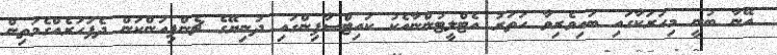
އޭނާ ބުނީ މިހަރަކާގައި ބައިވެރިވާ ހަތަރު އެޓްލީޓުންނާއެކު ކައިޓްސާފިންގައި ދުނިޔޭގެ ޗެންޕިއަންކަން ދެފަހަރެއްގެމަތިން